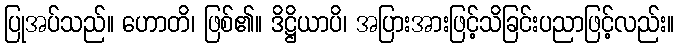
ပြုအပ်သည်။ ဟောတိ၊ ဖြစ်၏။ ဒိဋ္ဌိယာပိ၊ အပြားအားဖြင့်သိခြင်းပညာဖြင့်လည်း။